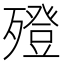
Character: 𣩟